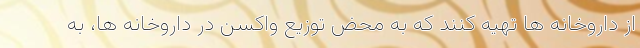
از داروخانه ها تهیه کنند که به محض توزیع واکسن در داروخانه ها، به